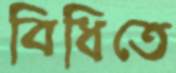
বিধিতে